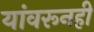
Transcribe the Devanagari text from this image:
यांवरूनही